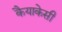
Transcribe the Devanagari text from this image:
कैयाकेसी